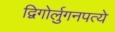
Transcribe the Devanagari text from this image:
द्विगोर्लुगनपत्ये